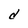
Character: d